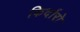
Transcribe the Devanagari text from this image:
किर्दारो